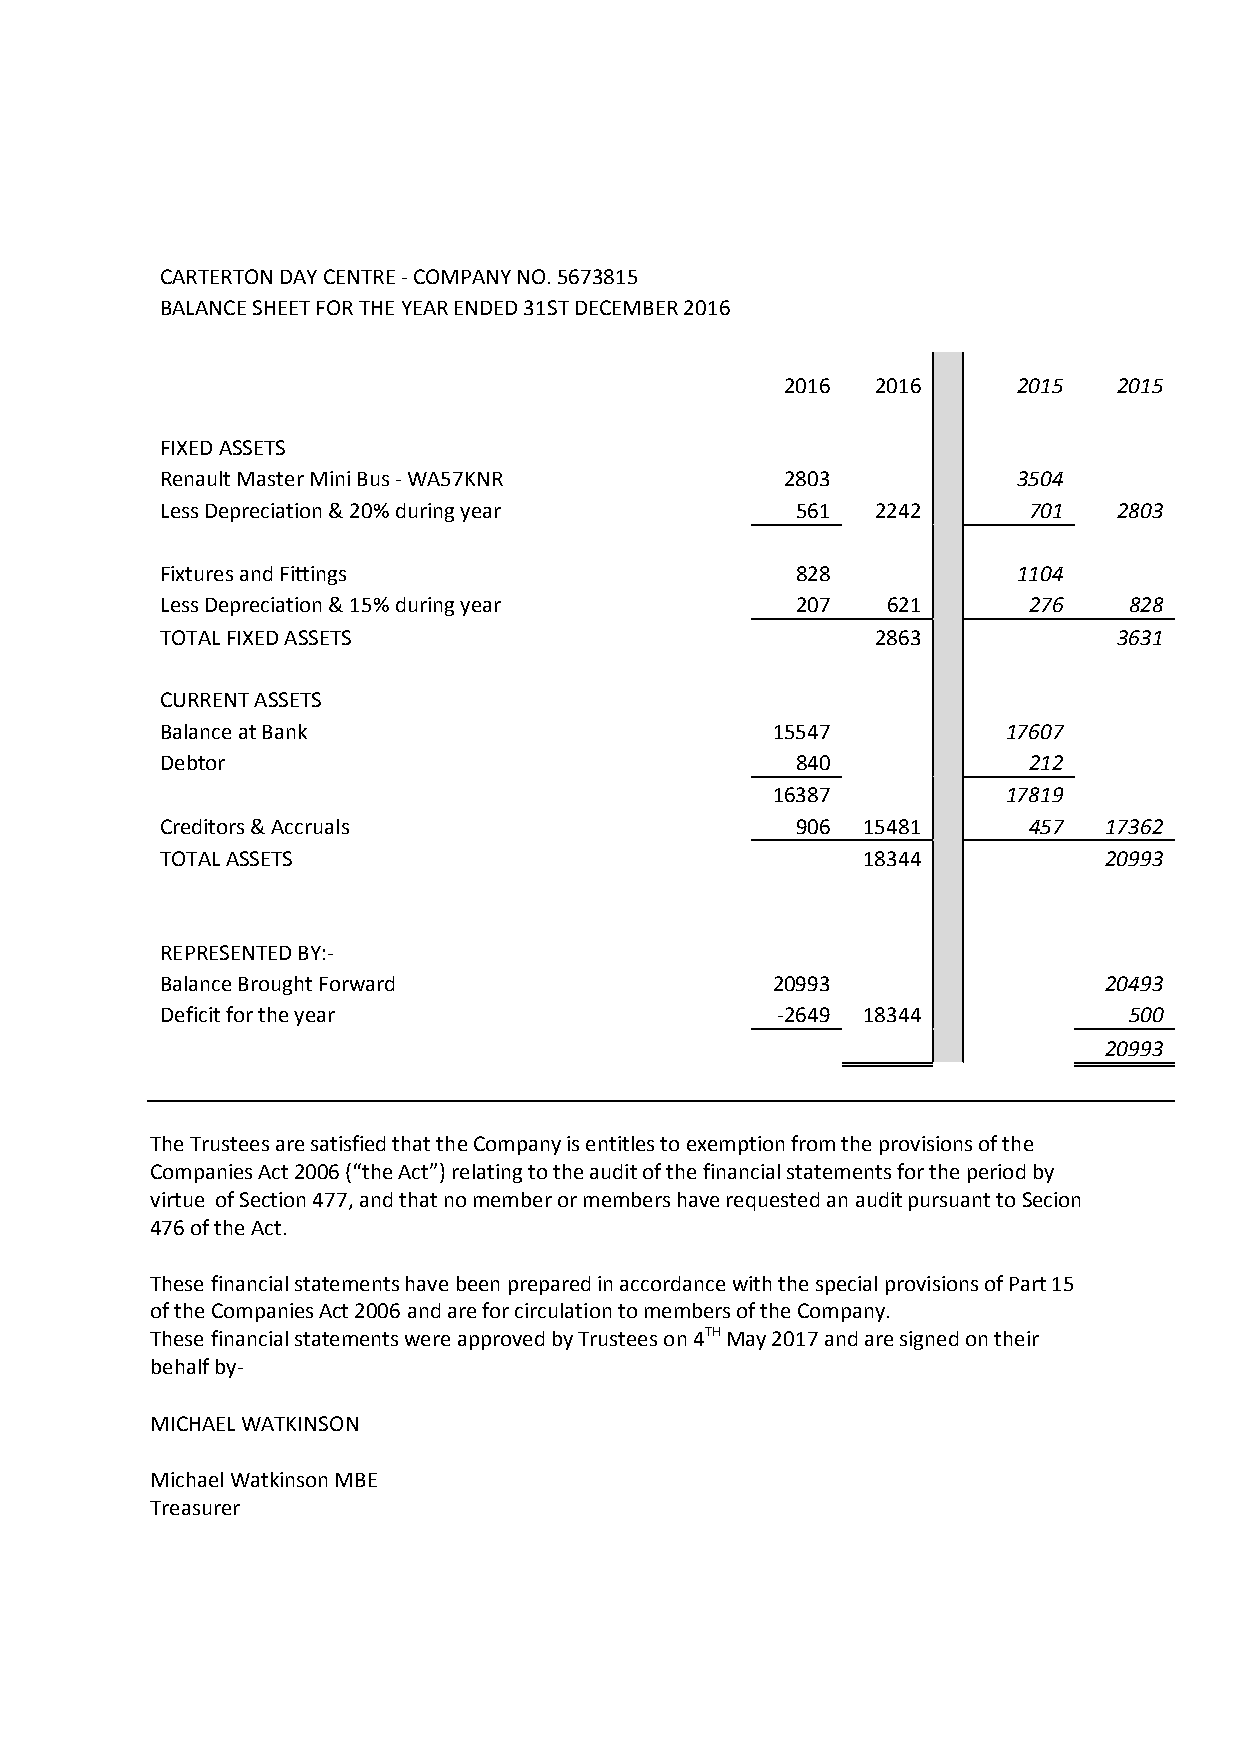
CARTERTON DAY CENTRE - COMPANY NO. 5673815
 BALANCE SHEET FOR THE YEAR ENDED 31ST DECEMBER 2016
 2016  2016     2015   2015
 FIXED ASSETS
 Renault Master Mini Bus - WA57KNR        2803           3504
 Less Depreciation & 20% during year       561  2242      701   2803
 Fixtures and Fittings                     828           1104
 Less Depreciation & 15% during year       207   621      276    828
 TOTAL FIXED ASSETS                             2863            3631
 CURRENT ASSETS
 Balance at Bank                         15547           17607
 Debtor                                    840            212
 16387           17819
 Creditors & Accruals                      906 15481      457  17362
 TOTAL ASSETS                                  18344           20993
 REPRESENTED BY:-
 Balance Brought Forward                 20993                 20493
 Deficit for the year                    -2649 18344             500
 20993
 The Trustees are satisfied that the Company is entitles to exemption from the provisions of the
 Companies Act 2006 (“the Act”) relating to the audit of the financial statements for the period by
 virtue of Section 477, and that no member or members have requested an audit pursuant to Secion
 476 of the Act.
 These financial statements have been prepared in accordance with the special provisions of Part 15
 of the Companies Act 2006 and are for circulation to members of the Company.
 These financial statements were approved by Trustees on 4TH May 2017 and are signed on their
 behalf by-
 MICHAEL WATKINSON
 Michael Watkinson MBE
 Treasurer